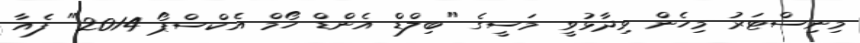
މިނިސްޓަރު މިހެން ވިދާޅުވީ މަސީގެ "ބިލްޑް އެންޑް ހޯމް އެކްސްޕޯ 2014" ފެއާ